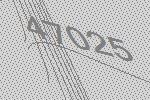
47025